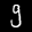
Label: 9